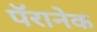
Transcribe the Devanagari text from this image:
पॅरानेक